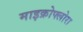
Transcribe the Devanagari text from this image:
माइक्रोफ्लोरा